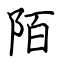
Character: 陌